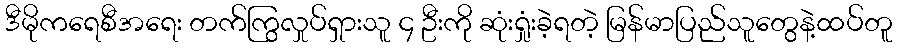
ဒီမိုကရေစီအရေး တက်ကြွလှုပ်ရှားသူ ၄ ဦးကို ဆုံးရှုံးခဲ့ရတဲ့ မြန်မာပြည်သူတွေနဲ့ထပ်တူ